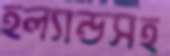
হল্যান্ডসহ